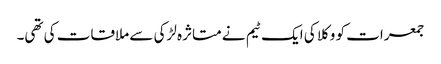
جمعرات کو وکلا کی ایک ٹیم نے متاثرہ لڑکی سے ملاقات کی تھی۔